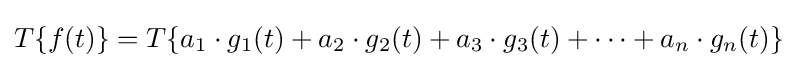
T\{f(t)\}=T\{a_{1}\cdot g_{1}(t)+a_{2}\cdot g_{2}(t)+a_{3}\cdot g_{3}(t)+\dots +a_{n}\cdot g_{n}(t)\}